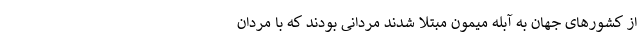
از کشورهای جهان به آبله میمون مبتلا شدند مردانی بودند که با مردان